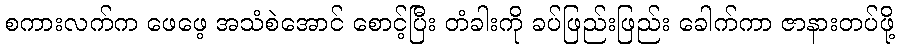
စကားလက်က ဖေဖေ့ အသံစဲအောင် စောင့်ပြီး တံခါးကို ခပ်ဖြည်းဖြည်း ခေါက်ကာ ဇာနားတပ်ဖို့